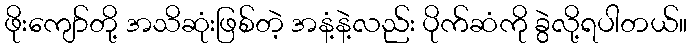
ဖိုးကျော်တို့ အသိဆုံးဖြစ်တဲ့ အနံ့နဲ့လည်း ပိုက်ဆံကို ခွဲလို့ရပါတယ်။